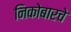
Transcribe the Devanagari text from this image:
निकोबारचे